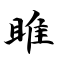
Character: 雎